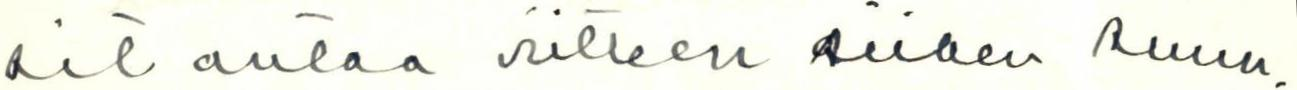
sit antaa viitteen siihen suun-